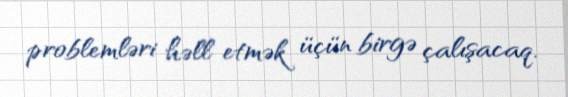
problemləri həll etmək üçün birgə çalışacaq.